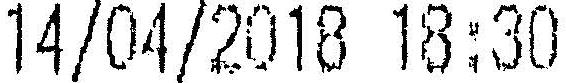
14/04/2018 18:30